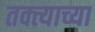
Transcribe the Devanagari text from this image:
तक्त्याच्या